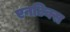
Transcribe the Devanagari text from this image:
एनटिक्स